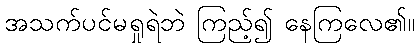
အသက်ပင်မရှုရဲဘဲ ကြည့်၍ နေကြလေ၏။